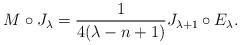
LaTeX: \begin{align*}M\circ J_\lambda = \frac{1}{4(\lambda-n+1)} J_{\lambda+1}\circ E_\lambda .\end{align*}